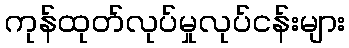
ကုန်ထုတ်လုပ်မှုလုပ်ငန်းများ